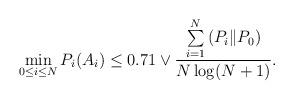
LaTeX: \begin{align*}\min\limits_{0 \le i \le N}P_{i}(A_{i}) \le 0.71 \vee \frac{\sum\limits_{i = 1}^{N}{}(P_{i} \| P_{0})}{N\log(N + 1)}.\end{align*}